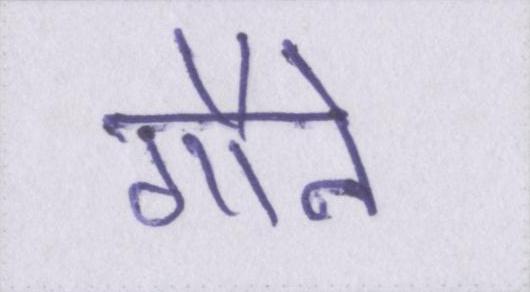
गौने